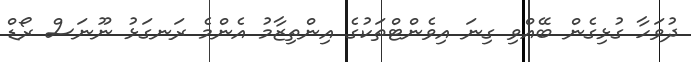
ދުވަހާ ގުޅިގެން ބޭއްވި ގިނަ އިވެންޓްތަކުގެ އިންތިޒާމު އެންމެ ރަނގަޅު ނޫނަސް ރޯޑް